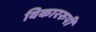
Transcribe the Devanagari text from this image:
विकाररुपी